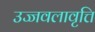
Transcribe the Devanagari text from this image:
उज्जवलावृत्ति